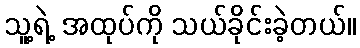
သူ့ရဲ့ အထုပ်ကို သယ်ခိုင်းခဲ့တယ်။